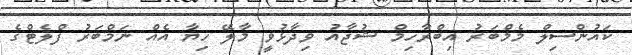
ކައުންސިލް މެމްބަރު އިބްރާހިމް ޝުޖާއު ވިދާޅުވީ މާލޭ ހިޔާ އެއް ނަމްބަރު ފްލެޓްގެ